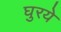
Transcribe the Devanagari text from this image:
घुरये